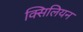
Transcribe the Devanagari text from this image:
क्सिलियन